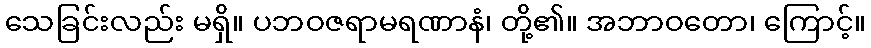
သေခြင်းလည်း မရှိ။ ပဘဝဇရာမရဏာနံ၊ တို့၏။ အဘာဝတော၊ ကြောင့်။